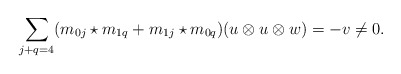
\begin{align*}\sum_{j+q = 4} (m_{0j} \star m_{1q}+m_{1j} \star m_{0q})(u \otimes u \otimes w) = -v \neq 0.\end{align*}